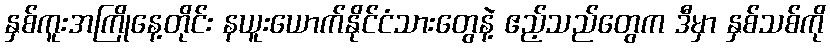
နှစ်ကူးအကြိုနေ့တိုင်း နယူးယောက်နိုင်ငံသားတွေနဲ့ ဧည့်သည်တွေက ဒီမှာ နှစ်သစ်ကို